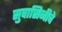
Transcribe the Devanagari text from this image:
सुवासिनीचे